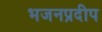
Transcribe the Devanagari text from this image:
भजनप्रदीप